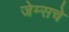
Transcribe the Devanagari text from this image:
जेम्सचे